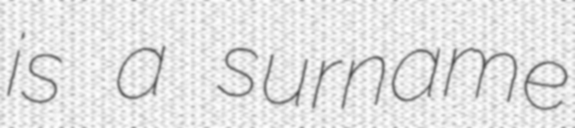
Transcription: is a surname